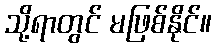
သို့ရာတွင် မဖြစ်နိုင်။